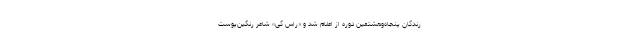
رندگان پنجاه‌وهشتمین دوره از اعلام شد و «راس گی» شاعر رنگین‌پوست